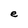
Character: e